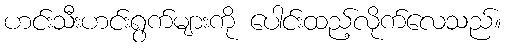
ဟင်းသီးဟင်းရွက်များကို ပေါင်းထည့်လိုက်လေသည်။